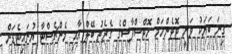
ގިނަ ބަޔަކު ވަނީ ޓޮޓެންހަމް ހޮޓްސްޕާސްގެ ގެރެތު ބޭލް އާއި މެންޗެސްޓާ ޔުނައިޓެޑަށް